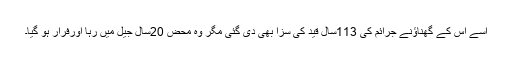
اسے اس کے گھناﺅنے جرائم کی 113سال قید کی سزا بھی دی گئی مگر وہ محض 20سال جیل میں رہا اورفرار ہو گیا۔